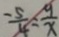
- \frac { 5 } { 4 } = \frac { 9 } { x }